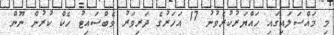
މި މައްސަލައިގައި ހައްޔަރުކުރެވުނު 17 އަހަރުގެ ދަރިވަރު ވެބްސައިޓު ހެކް ކުރުން ނޫން